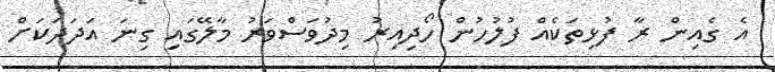
އެ ގެއިން ރާ ފުޅިތަކެއް ފުލުހުން ހޯދިއިރު މިދުވަސްވަރު މާލޭގައި ގިނަ އަދަދަކަށް